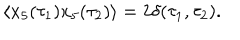
\langle x _ { 5 } ( \tau _ { 1 } ) x _ { 5 } ( \tau _ { 2 } ) \rangle = 2 \delta ( \tau _ { 1 } , \tau _ { 2 } ) .